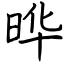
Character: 晔